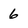
Character: 6